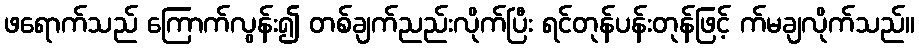
ဖရောက်သည် ကြောက်လွန်း၍ တစ်ချက်ညည်းလိုက်ပြီး ရင်တုန်ပန်းတုန်ဖြင့် က်မချလိုက်သည်။